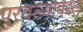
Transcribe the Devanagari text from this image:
पुरवल्याबद्दल